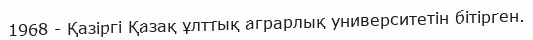
1968 - Қазіргі Қазақ ұлттық аграрлық университетін бітірген.